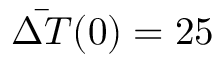
\bar { \Delta { T } } ( 0 ) = 2 5